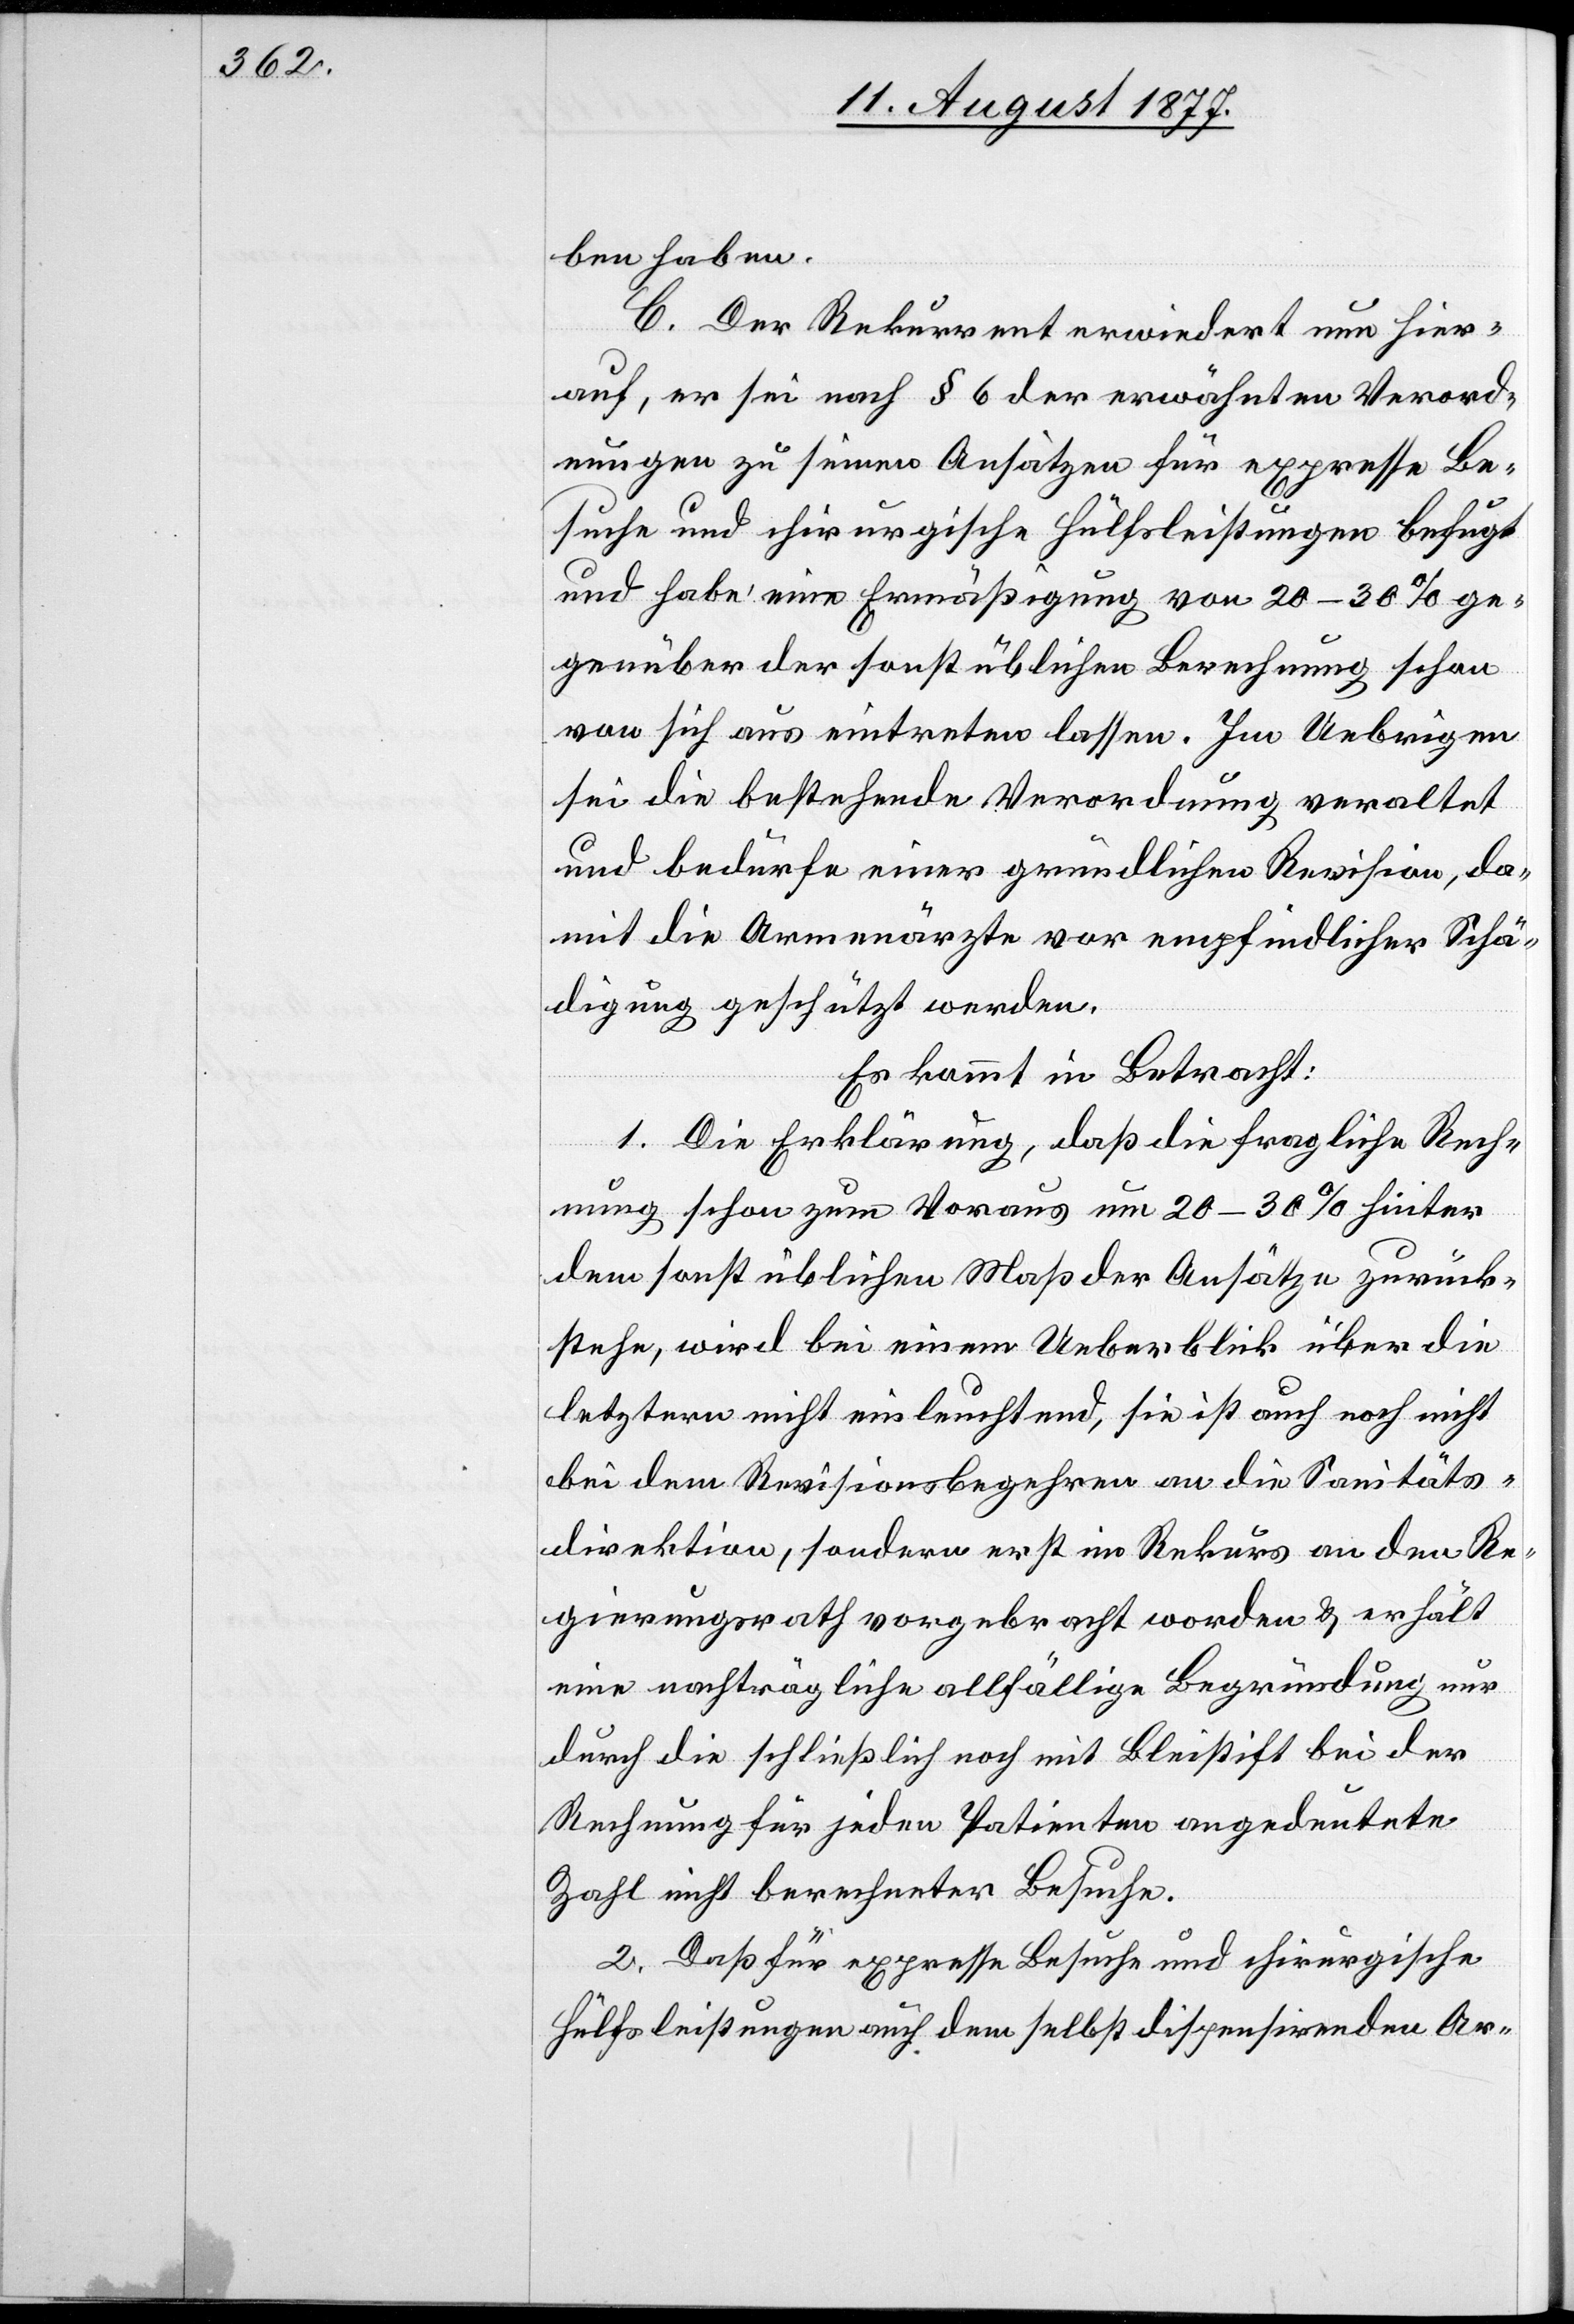
ben haben.
C. Der Rekurrent erwiedert nun hier¬
auf, er sei nach § 6 der erwähnten Verord¬
nungen zu seinen Ansätzen für expresse Be¬
suche und chirurgische Hülfsleistungen befugt
und habe eine Ermäßigung von 20–30% ge¬
genüber der sonst üblichen Berechnung schon
von sich aus eintreten lassen. Im Uebrigen
sei die bestehende Verordnung veraltet
und bedürfe einer gründlichen Revision, da¬
mit die Armenärzte vor empfindlicher Schä¬
digung geschützt werden.
Es kommt in Betracht:
1. Die Erklärung, daß die fragliche Rech¬
nung schon zum Voraus um 20–30% hinter
dem sonst üblichen Maß der Ansätze zurück¬
stehe, wird bei einem Ueberblick über die
letztern nicht einleuchtend, sie ist auch noch nicht
bei dem Revisionsbegehren an die Sanitäts¬
direktion, sondern erst im Rekurs an den Re¬
gierungsrath vorgebracht worden & erhält
eine nachträgliche allfällige Begründung nur
durch die schließlich noch mit Bleistift bei der
Rechnung für jeden Patienten angedeutete
Zahl nicht berechneter Besuche.
2. Daß für expresse Besuche und chirurgische
Hülfsleistungen auch dem selbst dispensirenden Ar-